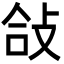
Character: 敆